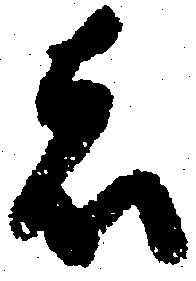
者